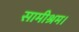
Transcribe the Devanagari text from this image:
सामीश्रम।